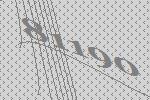
81190